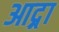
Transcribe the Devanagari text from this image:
आद्र्रा